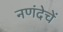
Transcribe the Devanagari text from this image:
नणंदेचें